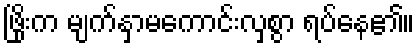
ဖြိုးက မျက်နှာမကောင်းလှစွာ ရပ်နေ၏။